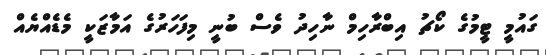
ގައުމީ ޓީމުގެ ކޯޗު އިބްރާހިމް ނާހިދު ވެސް ބުނީ މިފަހަރުގެ އަމާޒަކީ މެޑެއްޔެއް